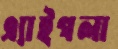
এ্যাইগলা